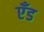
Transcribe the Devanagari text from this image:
एँड